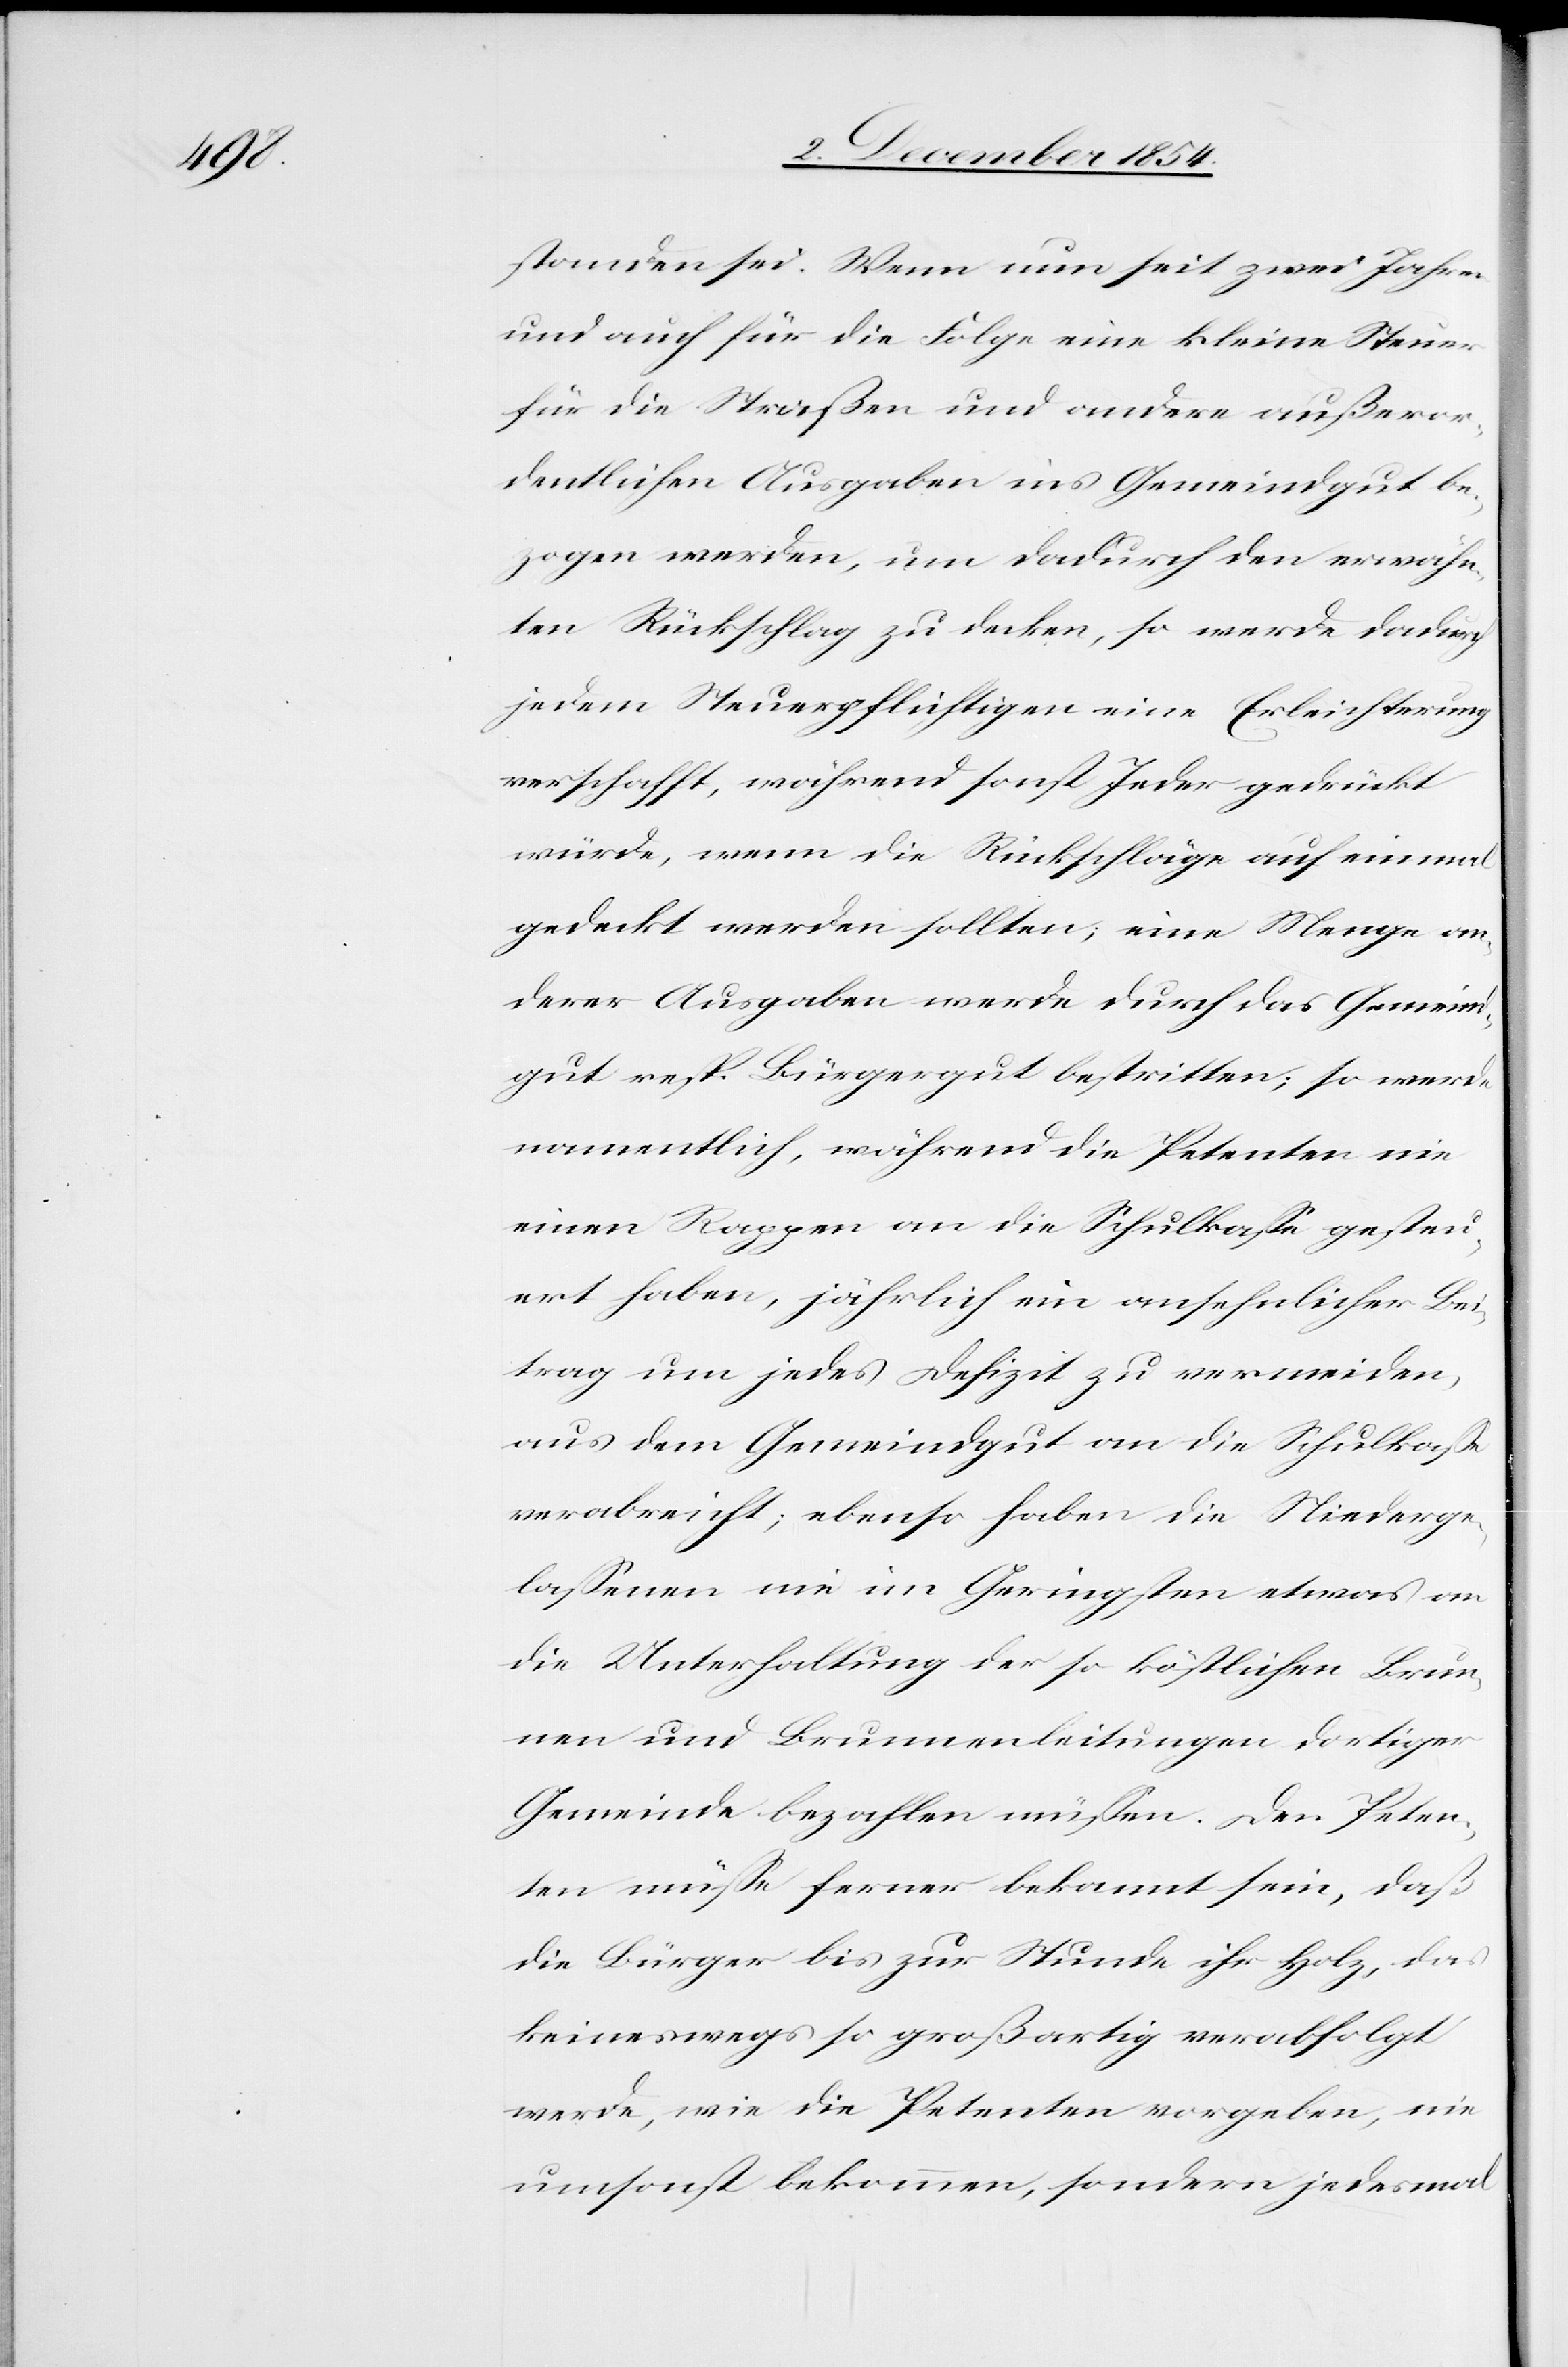
standen sei. Wenn nun seit zwei Jahren
und auch für die Folge eine kleine Steuer
für die Straßen und andere außeror¬
dentlichen Ausgaben ins Gemeindgut be¬
zogen werden, um dadurch den erwähn¬
ten Rückschlag zu decken, so werde dadurch
jedem Steuerpflichtigen eine Erleichterung
verschafft, während sonst Jeder gedrückt
würde, wenn die Rückschläge auf einmal
gedeckt werden sollten; eine Menge an¬
derer Ausgaben werde durch das Gemeind¬
gut resp. Bürgergut bestritten; so werde
namentlich, während die Petenten nie
einen Rappen an die Schulkaße gesteu¬
ert haben, jährlich ein ansehnlicher Bei¬
trag um jedes Defizit zu vermeiden,
aus dem Gemeindgut an die Schulkaße
verabreicht; ebenso haben die Niederge¬
laßenen nie im Geringsten etwas an
die Unterhaltung der so köstlichen Brun¬
nen und Brunnenleitungen dortiger
Gemeinde bezahlen müßen. Den Peten¬
ten müße ferner bekannt sein, daß
die Bürger bis zur Stunde ihr Holz, das
keineswegs so großartig verabfolgt
werde, wie die Petenten vorgeben, nie
umsonst bekommen, sondern jedesmal